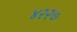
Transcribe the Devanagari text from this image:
४२२७